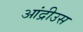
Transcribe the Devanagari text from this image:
आंद्रीउस